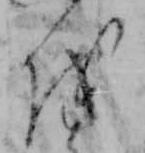
を